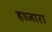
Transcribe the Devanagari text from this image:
हाजारा